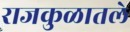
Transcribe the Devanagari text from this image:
राजकुळातले